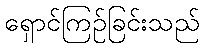
ရှောင်ကြဉ်ခြင်းသည်